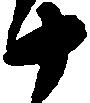
十